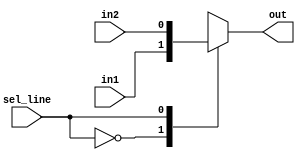
module MUX #(
    parameter bus_width=1
) (
    input wire [bus_width-1:0] in1,in2,
    input wire sel_line,
    output reg [bus_width-1:0] out

);
    
always @(*) begin
    case (sel_line)
        1'b0:  out=in1;
        1'b1: out=in2;
        default: out=in1;
    endcase    
end


endmodule